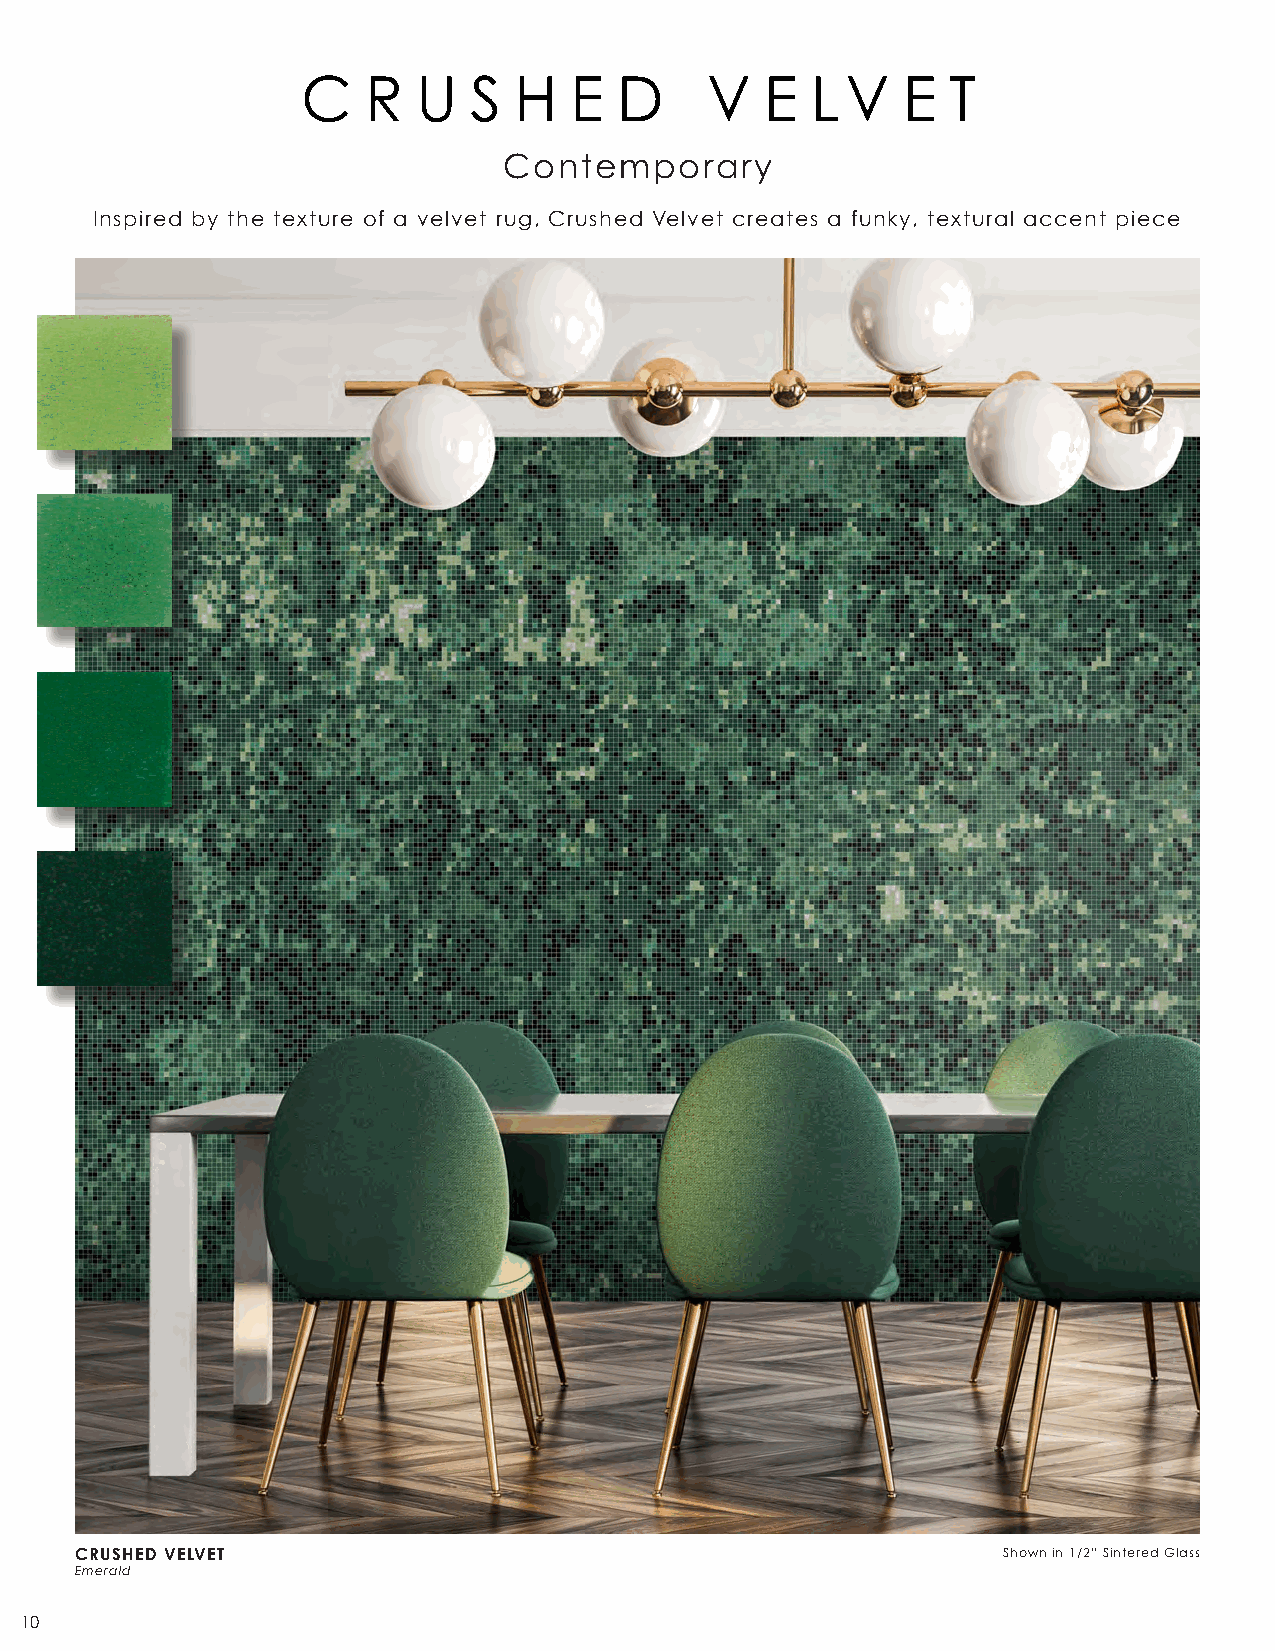
C   R   U  S  H   E  D     V   E  LV    E  T
 Contemporary
 Inspired by the texture of a velvet rug, Crushed Velvet creates a funky, textural accent piece
 CRUSHED VELVET                                               Shown in 1/2” Sintered Glass
 Emerald
 10